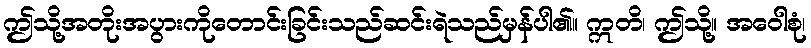
ဤသို့အတိုးအပွားကိုတောင်းခြင်းသည်ဆင်းရဲသည်မှန်ပါ၏။ ဣတိ၊ ဤသို့။ အဝေါစုံ၊